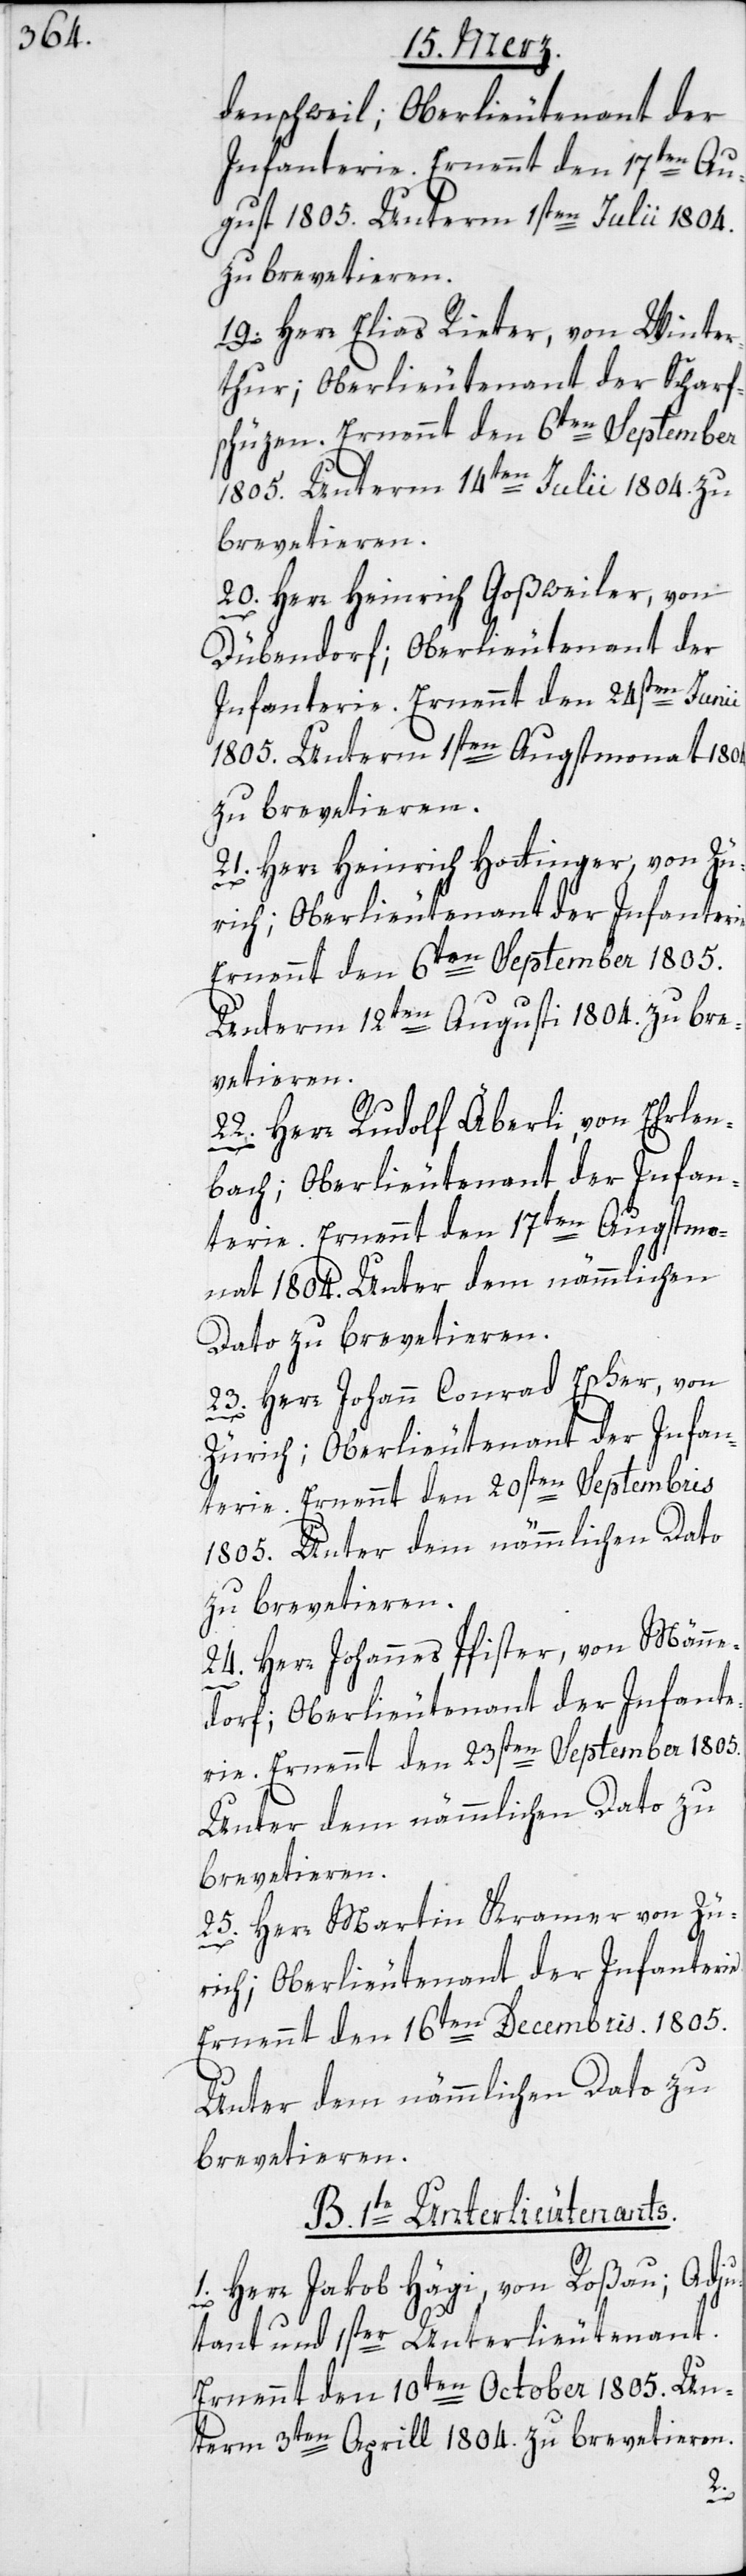
denschweil; Oberlieutenant der
Infanterie. Ernennt den 17ten Au¬
gust 1805. Unterm 1sten Julii 1804.
zu brevetieren.
19. Herr Elias Rieter, von Winter¬
thur; Oberlieutentant der Scharf¬
schüzen. Ernennt den 6ten September
1805. Unterm 14ten Julii 1804. zu
brevetieren.
20. Herr Heinrich Goßweiler, von
Dübendorf; Oberlieutenant der
Infanterie. Ernennt den 24sten Junii
1805. Unterm 1sten Augstmonat 1804
zu brevetieren.
21. Herr Heinrich Hottinger von Zü¬
Ernennt den 6ten September 1805.
Unterm 12ten Augusti 1804. zu bre¬
vetieren.
22. Herr Rudolf Äberli, von Erlen¬
bach; Oberlieutentant der Infan¬
terie. Ernennt den 17ten Augstmo¬
nat 1804. Unter dem nämmlichen
Dato zu brevetieren.
23. Herr Johann Conrad Escher, von
Zürich; Oberlieutenant der Infan¬
terie. Ernennt den 20sten Septembris
1805. Unter dem nämmlichen Dato
zu brevetieren.
24. Herr Johannes Pfister, von Männe¬
dorf; Oberlieutenant der Infante¬
rie. Ernennt den 23sten September 1805.
Unter dem nämmlichen Dato zu
brevetieren.
25. Herr Martin Kramer von Zü¬
rich; Oberlieutenant der Infanterie.
Ernennt den 16ten Decembris. 1805.
Unter dem nämmlichen Dato zu
brevetieren.
B. 1te Unterlieutenants.
1. Herr Jakob Hägi, von Roßau; Adju¬
dant und 1ster Unterlieutenant.
Ernennt den 10ten October 1805. Un¬
term 3ten Aprill 1804. zu brevetieren.